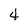
Character: 4